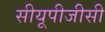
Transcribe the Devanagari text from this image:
सीयूपीजीसी